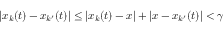
| x _ { k } ( t ) - x _ { k ^ { \prime } } ( t ) | \leq | x _ { k } ( t ) - x | + | x - x _ { k ^ { \prime } } ( t ) | < \gamma